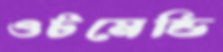
ওটমেন্ডি